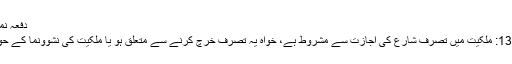
دفعہ نمبر 132:…
دفعہ نمبر 132: ملکیت میں تصرف شارع کی اجازت سے مشروط ہے، خواہ یہ تصرف خرچ کرنے سے متعلق ہو یا ملکیت کی نشوونما کے حوالے سے ہو۔